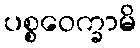
ပစ္စဝေက္ခာမိ